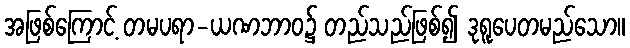
အဖြစ်ကြောင့် တမပရာ-ယဏဘာဝ၌ တည်သည်ဖြစ်၍ ဒုရူပေတမည်သော။